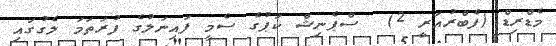
މެޑްރިޑް (ފެބްރުއަރީ 2)  ސްޕެނިޝް ކަޕުގެ ސެމީ ފައިނަލުގެ ފުރަތަމަ ލެގުގައި